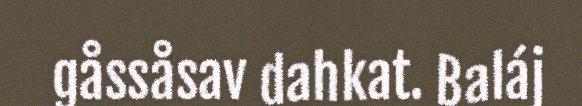
gåssåsav dahkat. Baláj